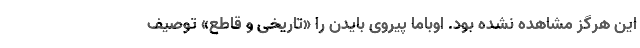
این هرگز مشاهده نشده بود. اوباما پیروی بایدن را «تاریخی و قاطع» توصیف